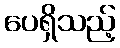
ပေရှိသည့်